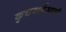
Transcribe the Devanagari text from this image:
कुचराईसाठी